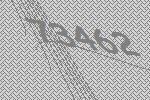
73462